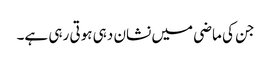
جن کی ماضی میں نشان دہی ہوتی رہی ہے۔